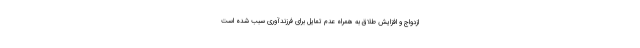
ازدواج و افزایش طلاق به همراه‌ عدم تمایل برای فرزندآوری سبب شده است